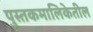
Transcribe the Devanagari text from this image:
पुस्तकमालिकेतील